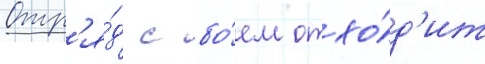
Отр'я́д с бо́ем отхо́д'ит